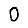
Digit: 0